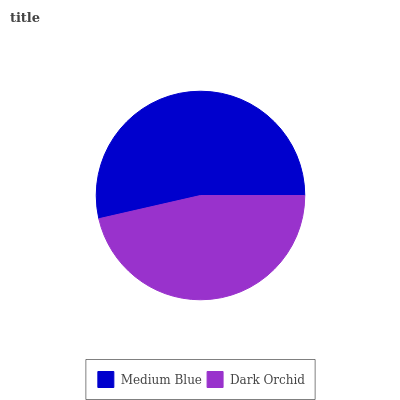
| Medium Blue | Dark Orchid |
 | --- | --- |
 | 53.6% | 46.4% |